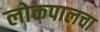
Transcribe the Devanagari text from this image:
लोकपालचा